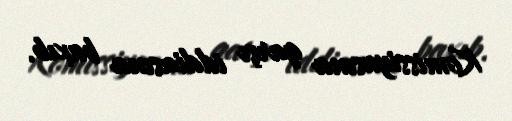
Komissiyasına qarşı iddiasına baxıb.